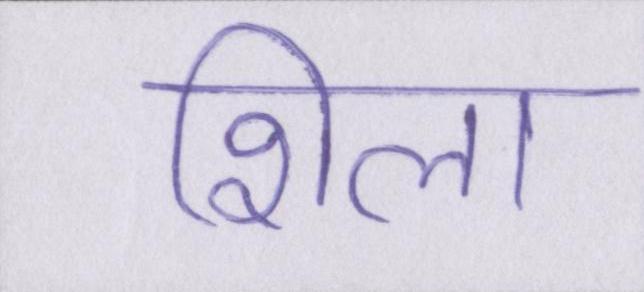
शिला